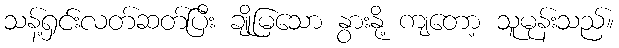
သန့်ရှင်းလတ်ဆတ်ပြီး ချိုမြသော နွားနို့ ကျတော့ သူမုန်းသည်။